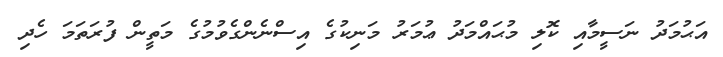
އަޙުމަދު ނަސީމާއި ކޮލި މުޙައްމަދު ޢުމަރު މަނިކުގެ އިސްނެންގެވުމުގެ މަތީން ފުރަތަމަ ހެދި